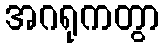
အဂရုကတွာ